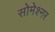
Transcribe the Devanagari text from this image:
सोमेश्नर